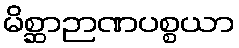
မိစ္ဆာဉာဏပစ္စယာ